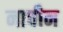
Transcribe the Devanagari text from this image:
नावीन